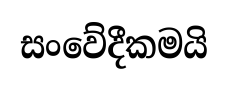
සංවේදීකමයි